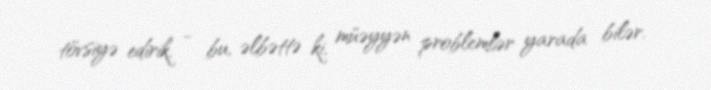
tövsiyə edirik, - bu, əlbəttə ki, müəyyən problemlər yarada bilər.